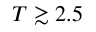
T \gtrsim 2 . 5